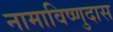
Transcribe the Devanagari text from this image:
नामाविष्णुदास